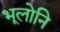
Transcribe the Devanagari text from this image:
भूलोनि